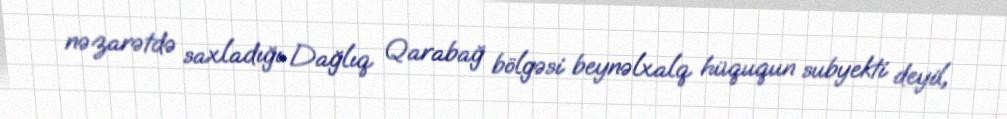
nəzarətdə saxladığı Dağlıq Qarabağ bölgəsi beynəlxalq hüququn subyekti deyil,